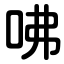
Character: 咈